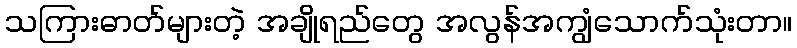
သကြားဓာတ်များတဲ့ အချိုရည်တွေ အလွန်အကျွံသောက်သုံးတာ။